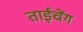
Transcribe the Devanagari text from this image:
ताईचेंग